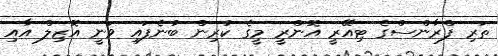
ތަރި ފްރާންސްގެ ޓިއޭރީ އޮންރީ މީގެ ކުރިން ބުނެފައި ވަނީ އޮޒިލް އާއި